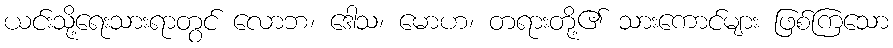
ယင်းသို့ရေးသားရာတွင် လောဘ၊ ဒေါသ၊ မောဟ၊ တရားတို့၏ သားကောင်များ ဖြစ်ကြသော